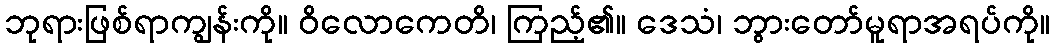
ဘုရားဖြစ်ရာကျွန်းကို။ ဝိလောကေတိ၊ ကြည့်၏။ ဒေသံ၊ ဘွားတော်မူရာအရပ်ကို။